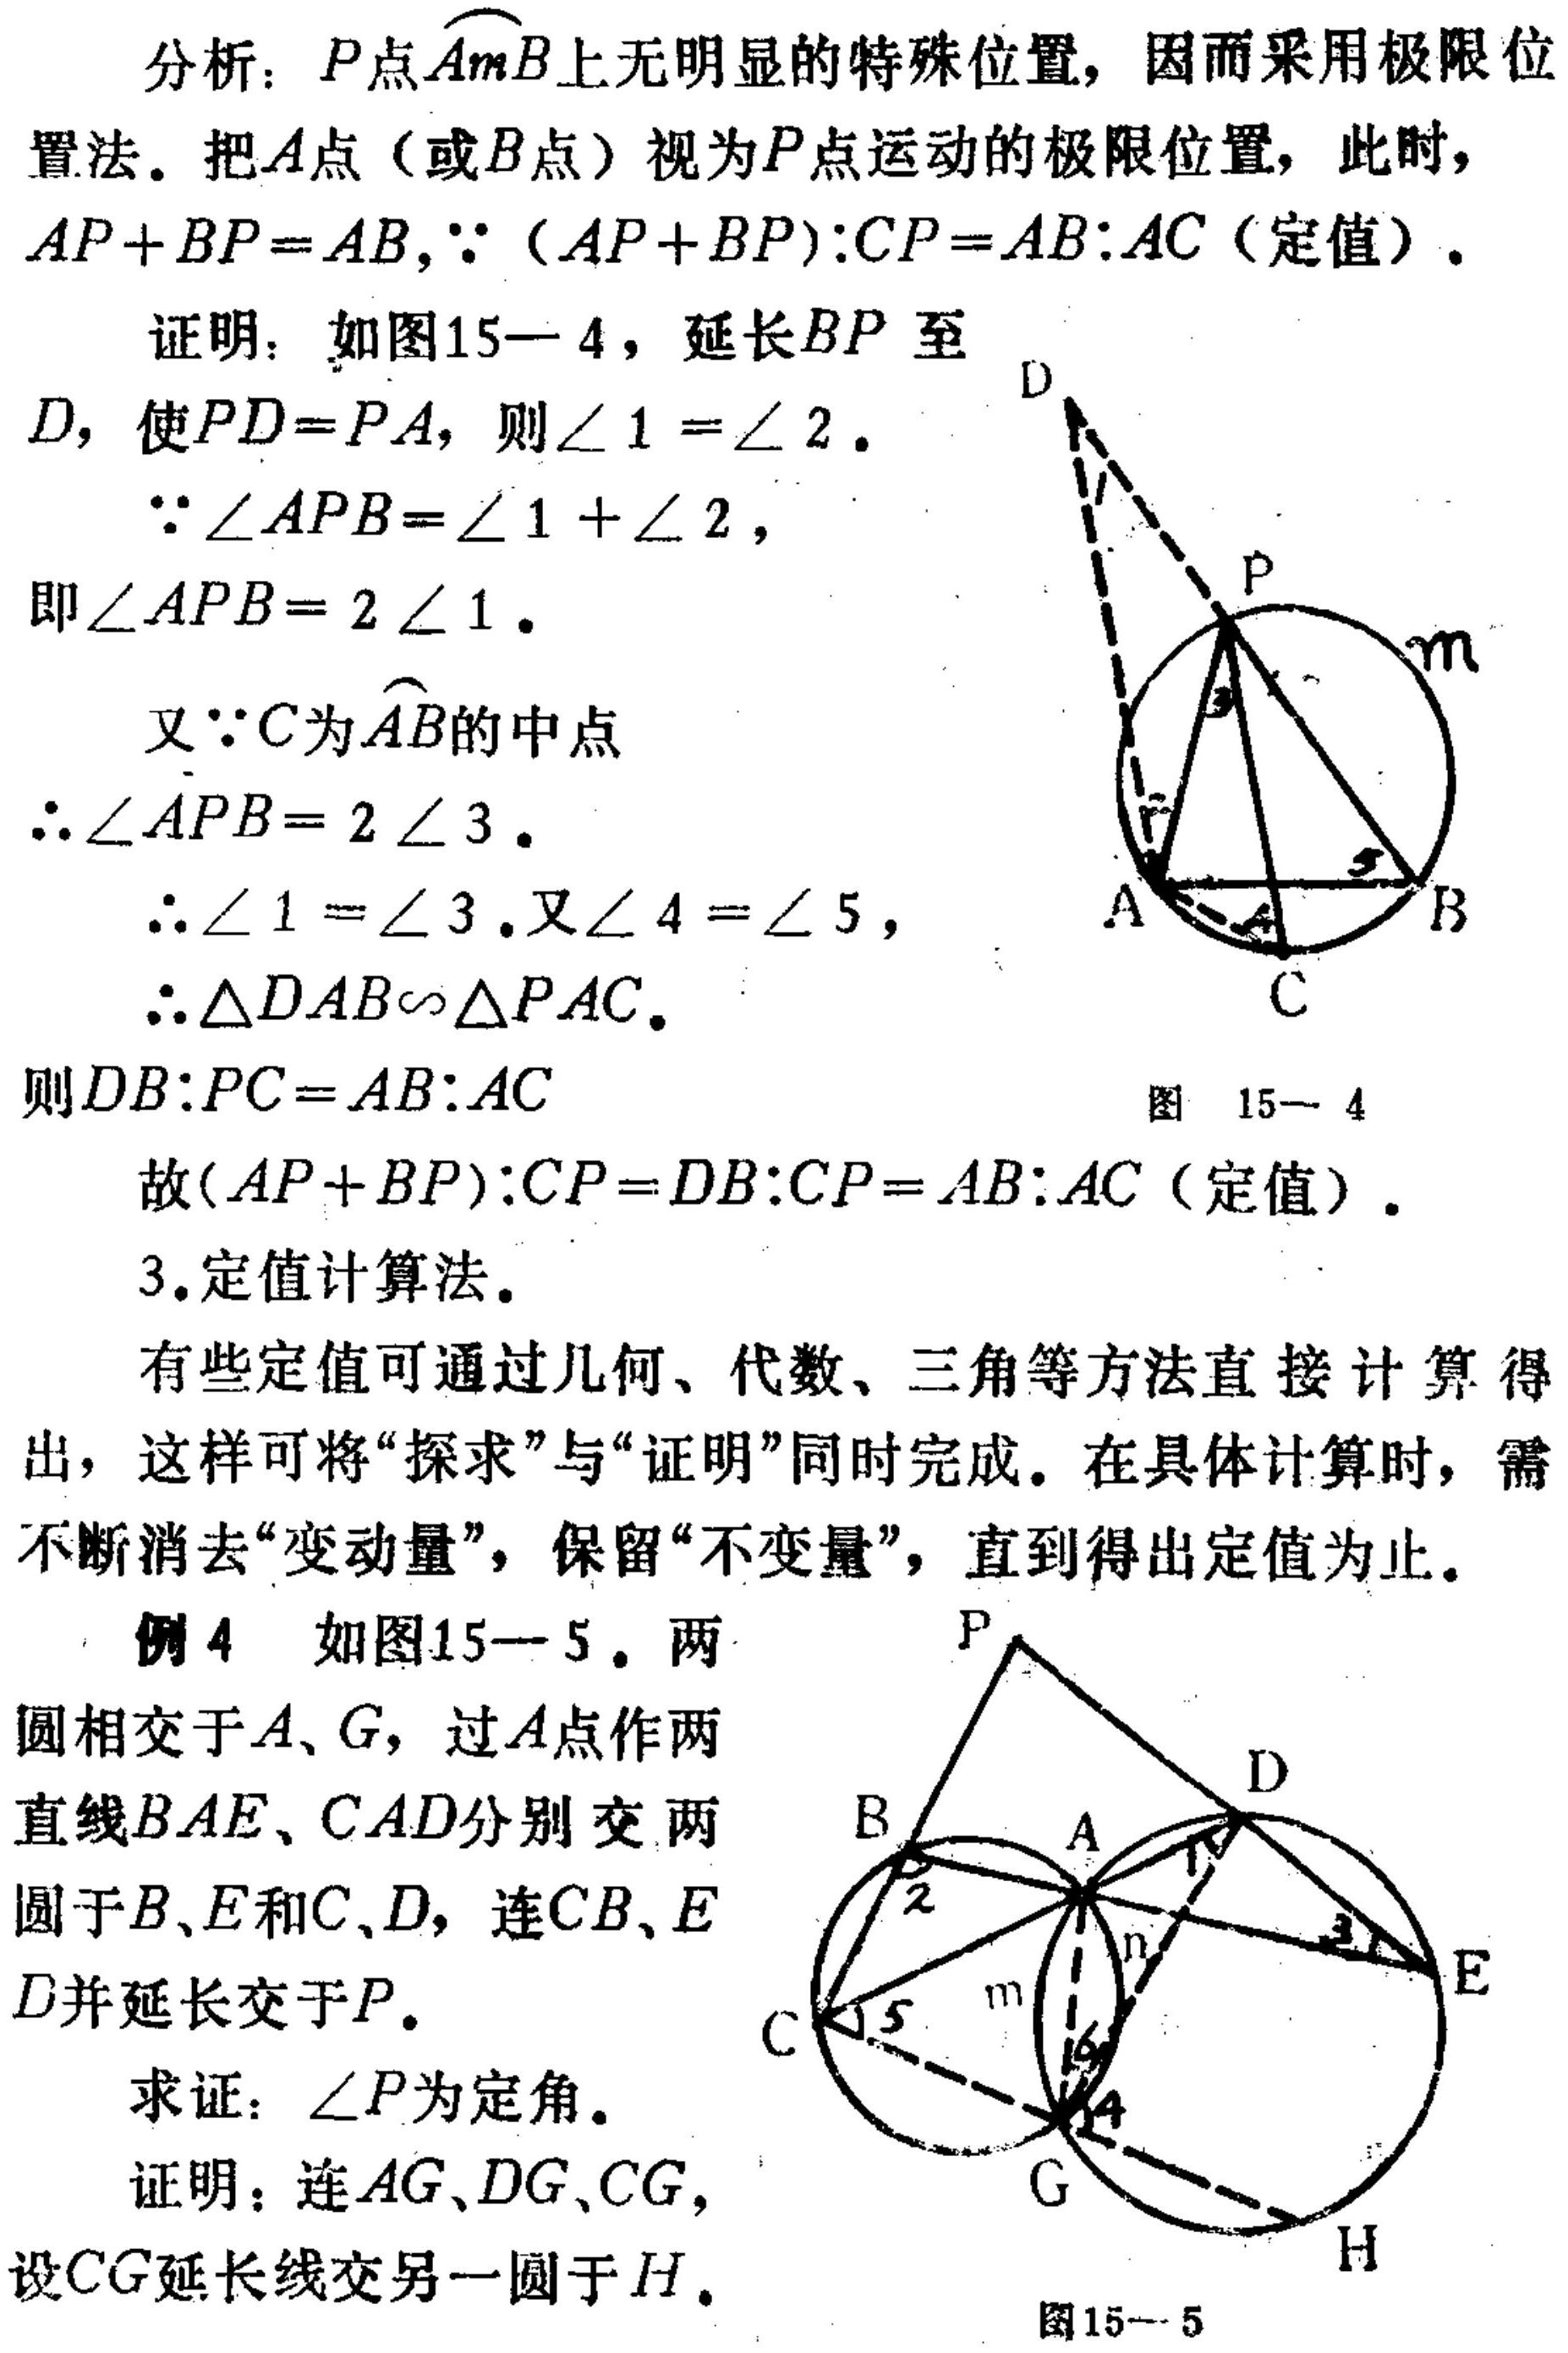
分析：$P$点$\overset{\frown}{AmB}$上无明显的特殊位置，因而采用极限位
置法。把$A$点（或$B$点）视为$P$点运动的极限位置，此时，
$AP + BP=AB,\because(AP + BP):CP = AB:AC$（定值）。
证明：如图15 - 4，延长$BP$至
$D$，使$PD = PA$，则$\angle1=\angle2$。
$\because\angle APB=\angle1+\angle2$，
即$\angle APB = 2\angle1$。
又$\because C$为$\overset{\frown}{AB}$的中点
$\therefore\angle APB = 2\angle3$。
$\therefore\angle1=\angle3$.又$\angle4=\angle5$，
$\therefore\triangle DAB\sim\triangle PAC$。
则$DB:PC = AB:AC$
故$(AP + BP):CP = DB:CP = AB:AC$（定值）。
3.定值计算法。
有些定值可通过几何、代数、三角等方法直接计算得
出，这样可将“探求”与“证明”同时完成。在具体计算时，需
不断消去“变动量”，保留“不变量”，直到得出定值为止。
例4 如图15 - 5。两
圆相交于$A、G$，过$A$点作两
直线$BAE、CAD$分别交两
圆于$B、E$和$C、D$，连$CB、E$
$D$并延长交于$P$。
求证：$\angle P$为定角。
证明：连$AG、DG、CG$，
设$CG$延长线交另一圆于$H$。